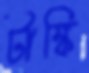
টাঙ্কি